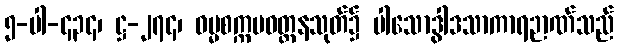
၅-ပါ-၄၃၄၊ ဋ္ဌ-၂၇၄၊ ဓမ္မစက္ကပဝတ္တနသုတ်၌ ပါသောဒွါဒသာကာရဉာဏ်သည်